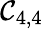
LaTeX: \mathcal{C}_{4,4}